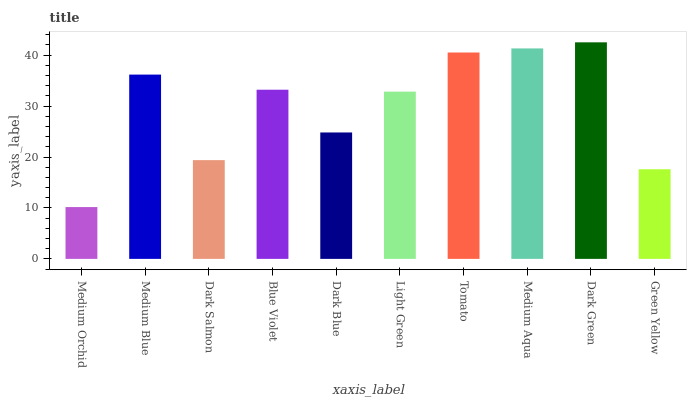
| xaxis_label | bars |
 | --- | --- |
 | Medium Orchid | 10.2 |
 | Medium Blue | 36.2 |
 | Dark Salmon | 19.4 |
 | Blue Violet | 33.2 |
 | Dark Blue | 24.8 |
 | Light Green | 32.8 |
 | Tomato | 40.5 |
 | Medium Aqua | 41.3 |
 | Dark Green | 42.5 |
 | Green Yellow | 17.6 |